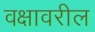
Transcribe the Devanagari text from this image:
वक्षावरील